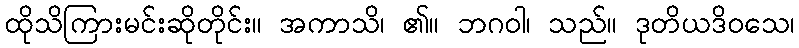
ထိုသိကြားမင်းဆိုတိုင်း။ အကာသိ၊ ၏။ ဘဂဝါ၊ သည်။ ဒုတိယဒိဝသေ၊